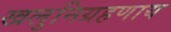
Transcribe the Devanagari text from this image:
खलुनिग्रहणाय